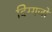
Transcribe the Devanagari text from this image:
दिग्‍गजों